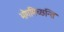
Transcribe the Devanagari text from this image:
भोगमिच्छन्ति